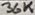
Text: 36K